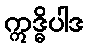
ဣဒ္ဓိပါဒ